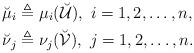
LaTeX: \begin{align*}\breve{\mu}_{i}&\triangleq\mu_{i}(\breve{\mathcal{U}}),~i=1,2,\ldots,n,\\\breve{\nu}_j&\triangleq\nu_j(\breve{\mathcal{V}}),~j=1,2,\ldots,n.\end{align*}